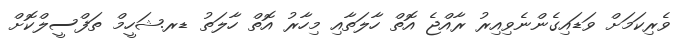
ވެރިކަމަށް ވަޑައިގެންނެވިއިރު ރާއްޖެ އޮތް ހާލަތާއި މިހާރު އޮތް ހާލަތު ޑރ.ޝަހީމް ތަފްސީލްކޮށް